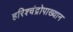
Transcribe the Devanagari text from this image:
हरिश्चंद्रोपाख्यान